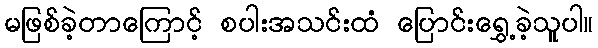
မဖြစ်ခဲ့တာကြောင့် စပါးအသင်းထံ ပြောင်းရွှေ့ခဲ့သူပါ။